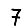
Digit: 7